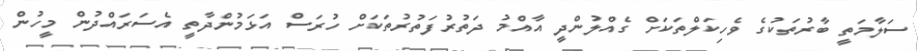
ސަލާމަތީ ބާރުތަކުގެ ވެހިކަލްތަކަށް ގެއްލުންދީ އާއްމު ދަތުރުފަތުރުތަކަށް ހުރަސް އަޅަމުންދާތީ އެސަރައްދުން މީހުން